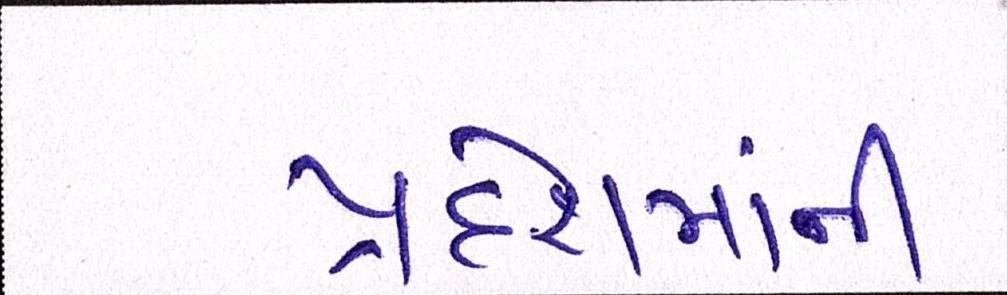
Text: પ્રદેશમાંની